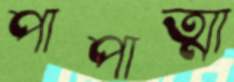
পাপাত্মা